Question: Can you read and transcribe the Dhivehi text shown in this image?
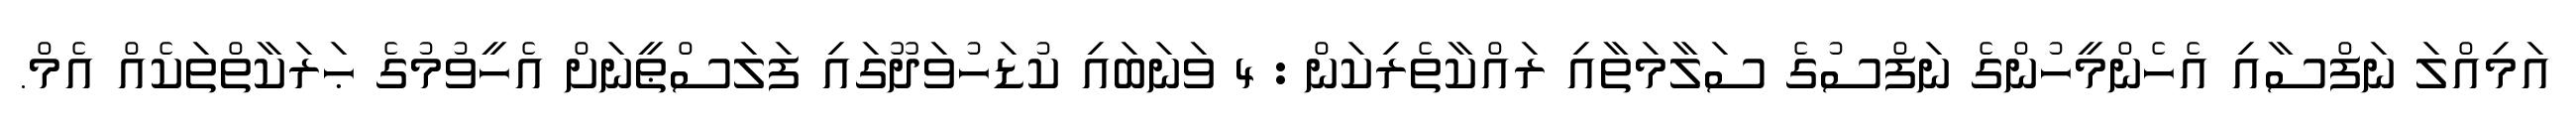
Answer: އަމިއްލަ ނަފްސާއި އެހެންމީހުންގެ ނަފްސުގެ ސަލާމަތާއި ރައްކާތެރިކަން : 4 ވަނަބައި ކުޑަހުވަދޫގައި ފަލަސްޠީނަށް އެހީވުމުގެ ޙަރަކާތްތަކެއް އެމް.